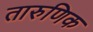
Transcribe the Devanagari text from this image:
तारुणिक